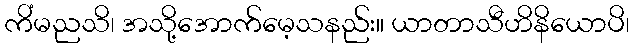
ကိံမညသိ၊ အသို့အောက်မေ့သနည်း။ ယာတာသီဟိနိယောပိ၊